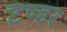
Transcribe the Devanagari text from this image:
टैण्डर